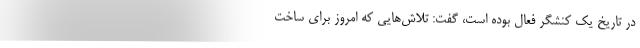
در تاریخ یک کنشگر فعال بوده است، گفت: تلاش‌هایی که امروز برای ساخت